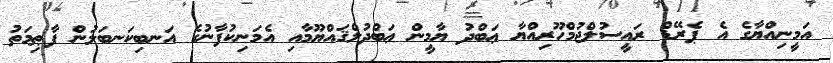
އަމީނިއްޔާގެ އެ ޕެރޭޑް ރައީސުލްޖުމްހޫރިއްޔާ ޢަބްދު ޔާމީން ޢަބްދުލްޤައްޔޫމާއި އެމަނިކުފާނުގެ އަނބިކަނބަލުން ފާޠިމަތު